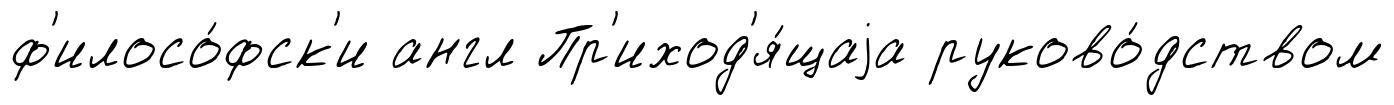
ф'илосо́фск'и англ Пр'иход'я́щаjа руково́дством